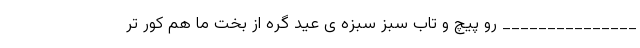
_______________ رو پیچ و تاب سبز سبزه ی عید گره از بخت ما هم کور تر